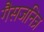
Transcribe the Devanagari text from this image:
गैसजनित्र